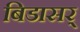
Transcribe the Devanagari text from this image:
बिडासर्